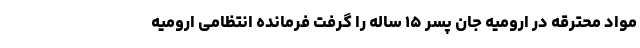
مواد محترقه در ارومیه جان پسر ۱۵ ساله را گرفت فرمانده انتظامی ارومیه